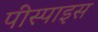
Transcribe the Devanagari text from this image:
पीस्पाइस